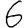
Digit: 6